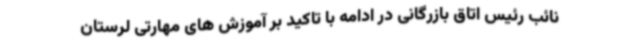
نائب رئیس اتاق بازرگانی در ادامه با تاکید بر آموزش های مهارتی لرستان